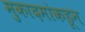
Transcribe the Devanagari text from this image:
मुकादमांकडून